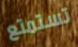
تستمتع